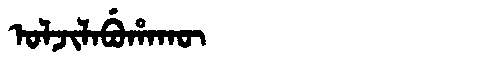
Manchu: ᠣᠯᠵᡳᠯᠠᠪᡠᡥᠠᡴᡡ
Romanization: OLJILABUHAKŪ